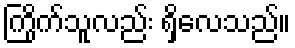
ကြိုက်သူလည်း ရှိလေသည်။